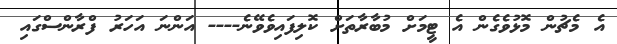
އެ މެޗުން މޮޅުވެގެން އެ ޓީމަށް މުބާރާތަށް ކޮލިފައިވެވޭނެ---- އަންނަ އަހަރު ފްރާންސްގައި